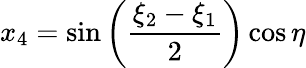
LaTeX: x_{4}=\sin\left({\frac{\xi_{2}-\xi_{1}}{2}}\right)\cos\eta